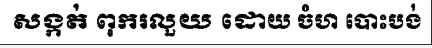
សង្កត់ ពុករលួយ ដោយ ចំហ បោះបង់